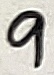
Text: 9